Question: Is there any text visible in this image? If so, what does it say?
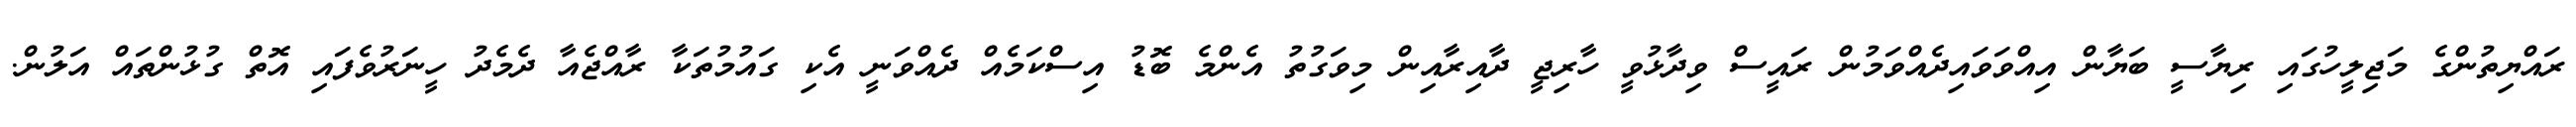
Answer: ރައްޔިތުންގެ މަޖިލީހުގައި ރިޔާސީ ބަޔާން އިއްވަވައިދެއްވަމުން ރައީސް ވިދާޅުވީ ހާރިޖީ ދާއިރާއިން މިވަގުތު އެންމެ ބޮޑު އިސްކަމެއް ދެއްވަނީ އެކި ގައުމުތަކާ ރާއްޖެއާ ދެމެދު ހީނަރުވެފައި އޮތް ގުޅުންތައް އަލުން.